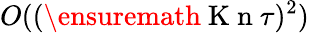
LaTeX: O((\ensuremath{\mathrm{~K~n~}}\tau)^{2})